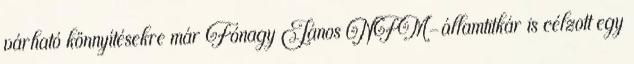
várható könnyítésekre már Fónagy János NFM-államtitkár is célzott egy